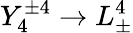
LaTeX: Y_{4}^{\pm 4}\rightarrow L_{\pm}^{4}